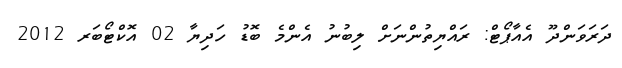
ދަރަވަންދޫ އެއާޕޯޓް: ރައްޔިތުންނަށް ލިބުނު އެންމެ ބޮޑު ހަދިޔާ 02 އޮކްޓޯބަރ 2012